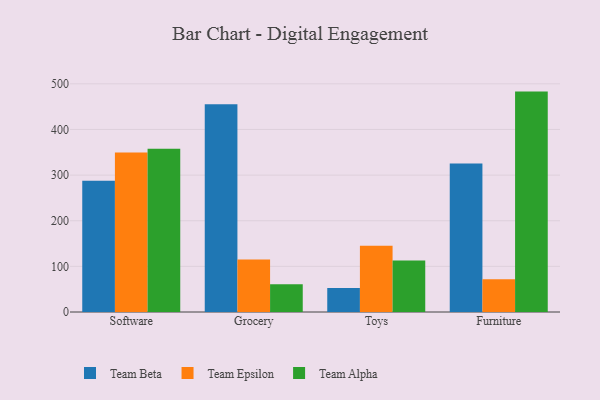
{"axis": {"x": "Category", "y": "Demand Index"}, "legend": ["Team Alpha", "Team Beta", "Team Epsilon"], "data": [{"x": "Software", "y": 287.7, "type": "Team Beta"}, {"x": "Software", "y": 349.6, "type": "Team Epsilon"}, {"x": "Software", "y": 357.7, "type": "Team Alpha"}, {"x": "Grocery", "y": 455.2, "type": "Team Beta"}, {"x": "Grocery", "y": 114.8, "type": "Team Epsilon"}, {"x": "Grocery", "y": 60.9, "type": "Team Alpha"}, {"x": "Toys", "y": 52.8, "type": "Team Beta"}, {"x": "Toys", "y": 145.4, "type": "Team Epsilon"}, {"x": "Toys", "y": 112.8, "type": "Team Alpha"}, {"x": "Furniture", "y": 325.7, "type": "Team Beta"}, {"x": "Furniture", "y": 71.6, "type": "Team Epsilon"}, {"x": "Furniture", "y": 483.0, "type": "Team Alpha"}]}